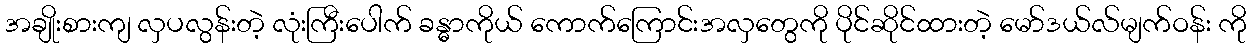
အချိုးစားကျ လှပလွန်းတဲ့ လုံးကြီးပေါက် ခန္ဓာကိုယ် ကောက်ကြောင်းအလှတွေကို ပိုင်ဆိုင်ထားတဲ့ မော်ဒယ်လ်မျက်ဝန်း ကို